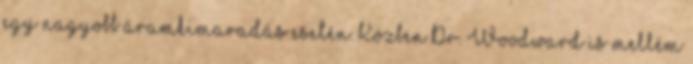
egy nagyobb áramkimaradás esetén. Közben Dr. Woodward is mellém